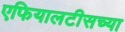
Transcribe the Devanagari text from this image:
एफियालटीसच्या